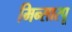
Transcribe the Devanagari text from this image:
मिन्सारपू